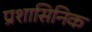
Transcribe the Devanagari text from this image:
प्रशासिनिक